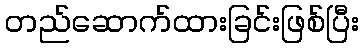
တည်ဆောက်ထားခြင်းဖြစ်ပြီး